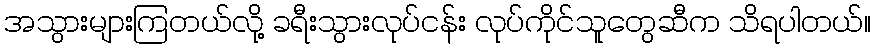
အသွားများကြတယ်လို့ ခရီးသွားလုပ်ငန်း လုပ်ကိုင်သူတွေဆီက သိရပါတယ်။